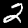
Digit: 2